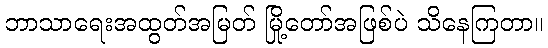
ဘာသာရေးအထွတ်အမြတ် မြို့တော်အဖြစ်ပဲ သိနေကြတာ။